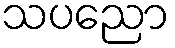
သပညော